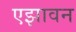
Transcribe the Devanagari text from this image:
एझावन